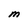
Character: M